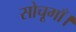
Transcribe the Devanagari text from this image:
सोचूगाँ।